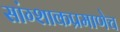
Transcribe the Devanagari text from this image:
सांग्शाकप्रमाणेच